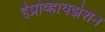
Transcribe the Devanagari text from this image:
इंप्रोव्हायझेशन